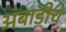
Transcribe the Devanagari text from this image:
अंबाडीचे